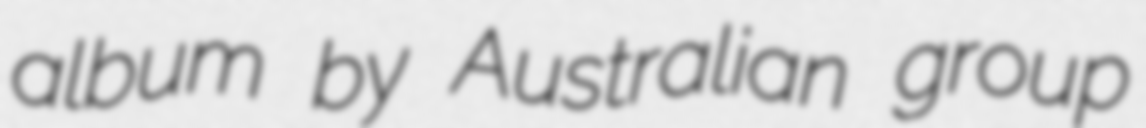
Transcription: album by Australian group